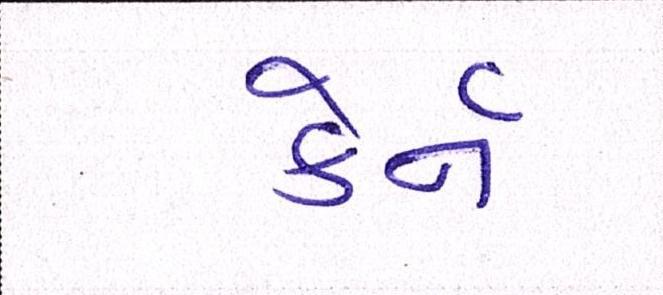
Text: કેર્ન